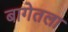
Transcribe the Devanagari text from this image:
बागेतला